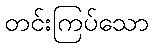
တင်းကြပ်သော